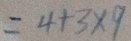
= 4 + 3 \times 9